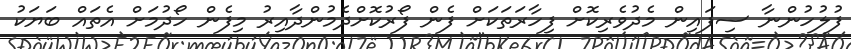
ފުލުހުންނާ ސިފައިން މެދުވެރިކޮށް ފިހާރަތަކަށް ފެން ފޯރުކޮށްދެމުންދާއިރު މިފެން ހޯދުމަށް އެތައް ބަޔަކު